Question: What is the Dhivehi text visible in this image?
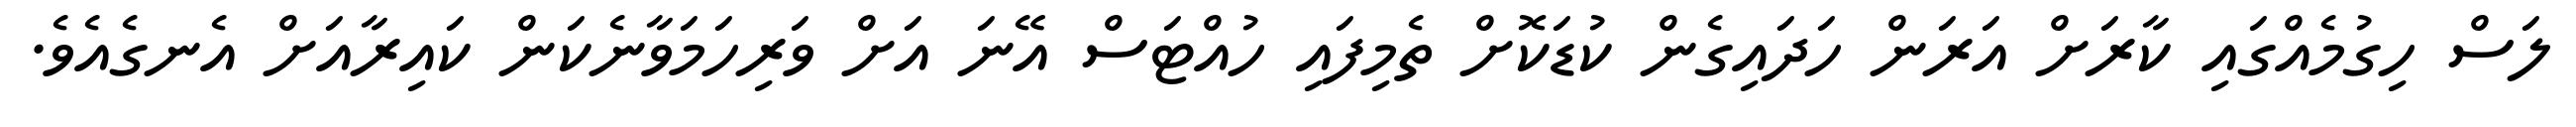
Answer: ލަސް ހިގުމެއްގައި ކާރަށް އަރަން ހަދައިގެން ކުޑަކޮށް ތެމިފައި ހުއްޓަސް އޭނަ އަށް ވަރިހަމަވާނެކަން ކައިރާއަށް އެނގެއެވެ.